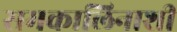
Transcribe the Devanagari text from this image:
समकालिनाशी